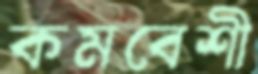
কমবেশী